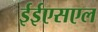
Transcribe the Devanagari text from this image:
ईईएसएल